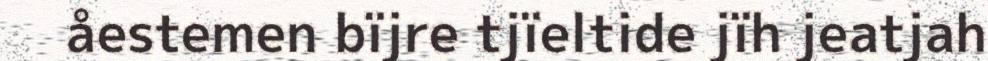
åestemen bïjre tjïeltide jïh jeatjah